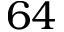
6 4